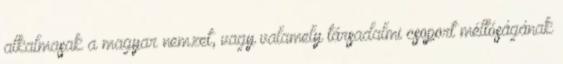
alkalmasak a magyar nemzet, vagy valamely társadalmi csoport méltóságának